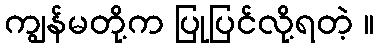
ကျွန်မတို့က ပြုပြင်လို့ရတဲ့ ။